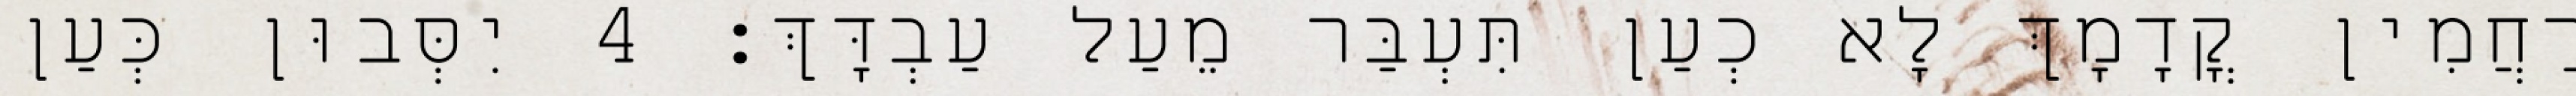
רַחֲמִין קֳדָמָךְ לָא כְעַן תִּעְבַּר מֵעַל עַבְדָּךְ׃ 4 יִסְּבוּן כְּעַן